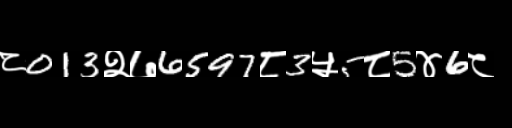
Text: ८013२७6597८3५5८5४6८